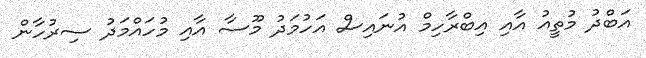
އަބްދު މުތީއު އާއި އިބްރާހިމް އުނައިސް އަހުމަދު މޫސާ އާއި މުހައްމަދު ސިރުހާން